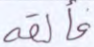
فألقه